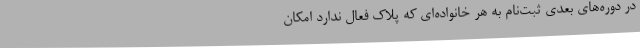
در دوره‌های بعدی ثبت‌نام به هر خانواده‌ای که پلاک فعال ندارد امکان